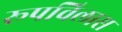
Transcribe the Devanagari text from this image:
रूपविलास